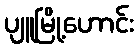
ပျူမြို့ဟောင်း